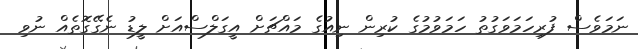
ނަމަވެސް ފުރިހަމަވަގުތު ހަމަވުމުގެ ކުރިން ނިއުގެ މައްޗަށް އީގަލްސްއަށް ލީޑު ނެގޭގޮތެއް ނުވި